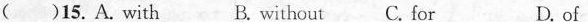
( )15. A. with B. without C. for D. of